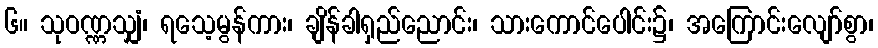
၆။ သုဝဏ္ဏသျှံ၊ ရသေ့မွန်ကား၊ ချိန်ခါရှည်ညောင်း၊ သားကောင်ပေါင်း၌၊ အကြောင်းလျော်စွာ၊